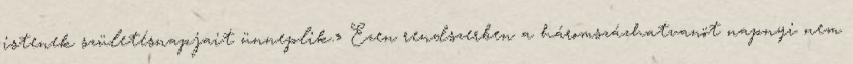
istenek születésnapjait ünneplik.» Ezen rendszerben a háromszázhatvanöt napnyi nem